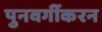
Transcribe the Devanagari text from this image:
पुनवर्गीकरन